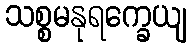
သစ္စမနုရက္ခေယျ